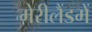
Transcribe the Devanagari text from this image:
मेरीलैंडमें